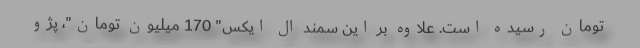
تومان رسیده است. علاوه بر این سمند ال ایکس" 170 میلیون تومان"، پژو